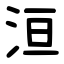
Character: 洹